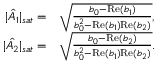
\begin{array} { r l } { | \hat { A _ { 1 } } | _ { s a t } = } & { { } \sqrt { \frac { b _ { 0 } - \mathrm { R e } ( b _ { 1 } ) } { b _ { 0 } ^ { 2 } - \mathrm { R e } ( b _ { 1 } ) \mathrm { R e } ( b _ { 2 } ) } } , } \\ { | \hat { A _ { 2 } } | _ { s a t } = } & { { } \sqrt { \frac { b _ { 0 } - \mathrm { R e } ( b _ { 2 } ) } { b _ { 0 } ^ { 2 } - \mathrm { R e } ( b _ { 1 } ) \mathrm { R e } ( b _ { 2 } ) } } . } \end{array}